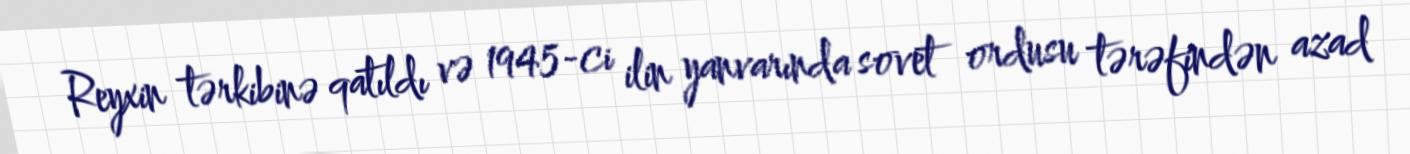
Reyxin tərkibinə qatıldı və 1945-ci ilin yanvarında sovet ordusu tərəfindən azad